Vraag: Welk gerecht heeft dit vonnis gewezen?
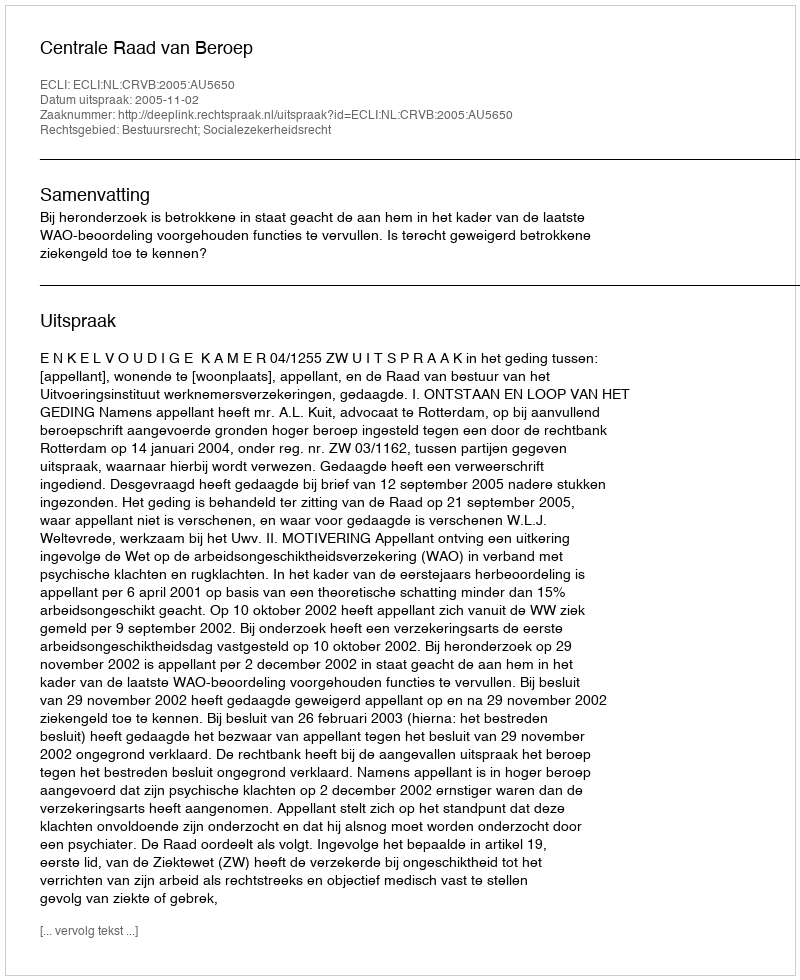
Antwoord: Centrale Raad van Beroep